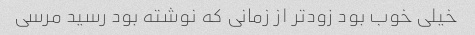
خیلی خوب بود زود‌تر از زمانی که نوشته بود رسید مرسی